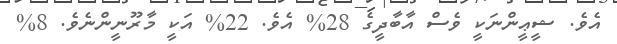
އެވެ. ޝީޢީންނަކީ ވެސް އާބާދީގެ 28% އެވެ. 22% އަކީ މާރޫނީންނެވެ. 8%